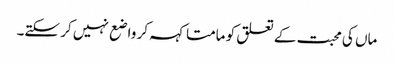
ماں کی محبت کے تعلق کو مامتا کہہ کر واضع نہیں کر سکتے۔